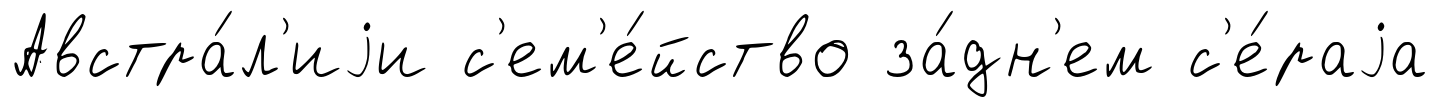
Австра́л'иjи с'ем'е́йство за́дн'ем с'е́раjа